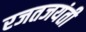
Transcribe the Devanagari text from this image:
रजतजयंती